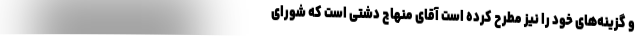
و گزینه‌های خود را نیز مطرح کرده است آقای منهاج دشتی است که شورای